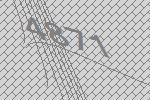
4871